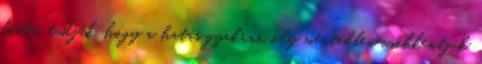
diéta, tudják, hogy a hatás gyakran oly mértékben csökkentjük